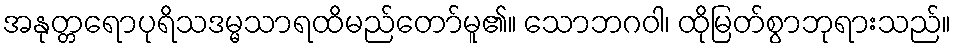
အနုတ္တရောပုရိသဒမ္မသာရထိမည်တော်မူ၏။ သောဘဂဝါ၊ ထိုမြတ်စွာဘုရားသည်။